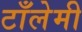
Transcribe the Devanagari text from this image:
टाँलेमी